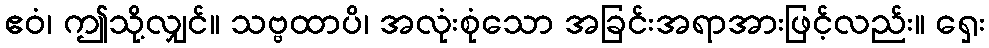
ဧဝံ၊ ဤသို့လျှင်။ သဗ္ဗထာပိ၊ အလုံးစုံသော အခြင်းအရာအားဖြင့်လည်း။ ရှေး